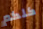
كلكم